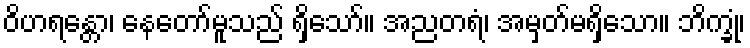
ဝိဟရန္တော၊ နေတော်မူသည် ရှိသော်။ အညတရံ၊ အမှတ်မရှိသော။ ဘိက္ခုံ၊